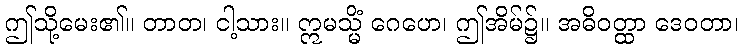
ဤသို့မေး၏။ တာတ၊ ငါ့သား။ ဣမသ္မိံ ဂေဟေ၊ ဤအိမ်၌။ အဓိဝတ္ထာ ဒေဝတာ၊